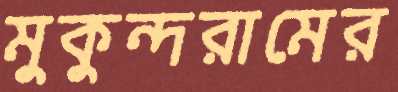
মুকুন্দরামের